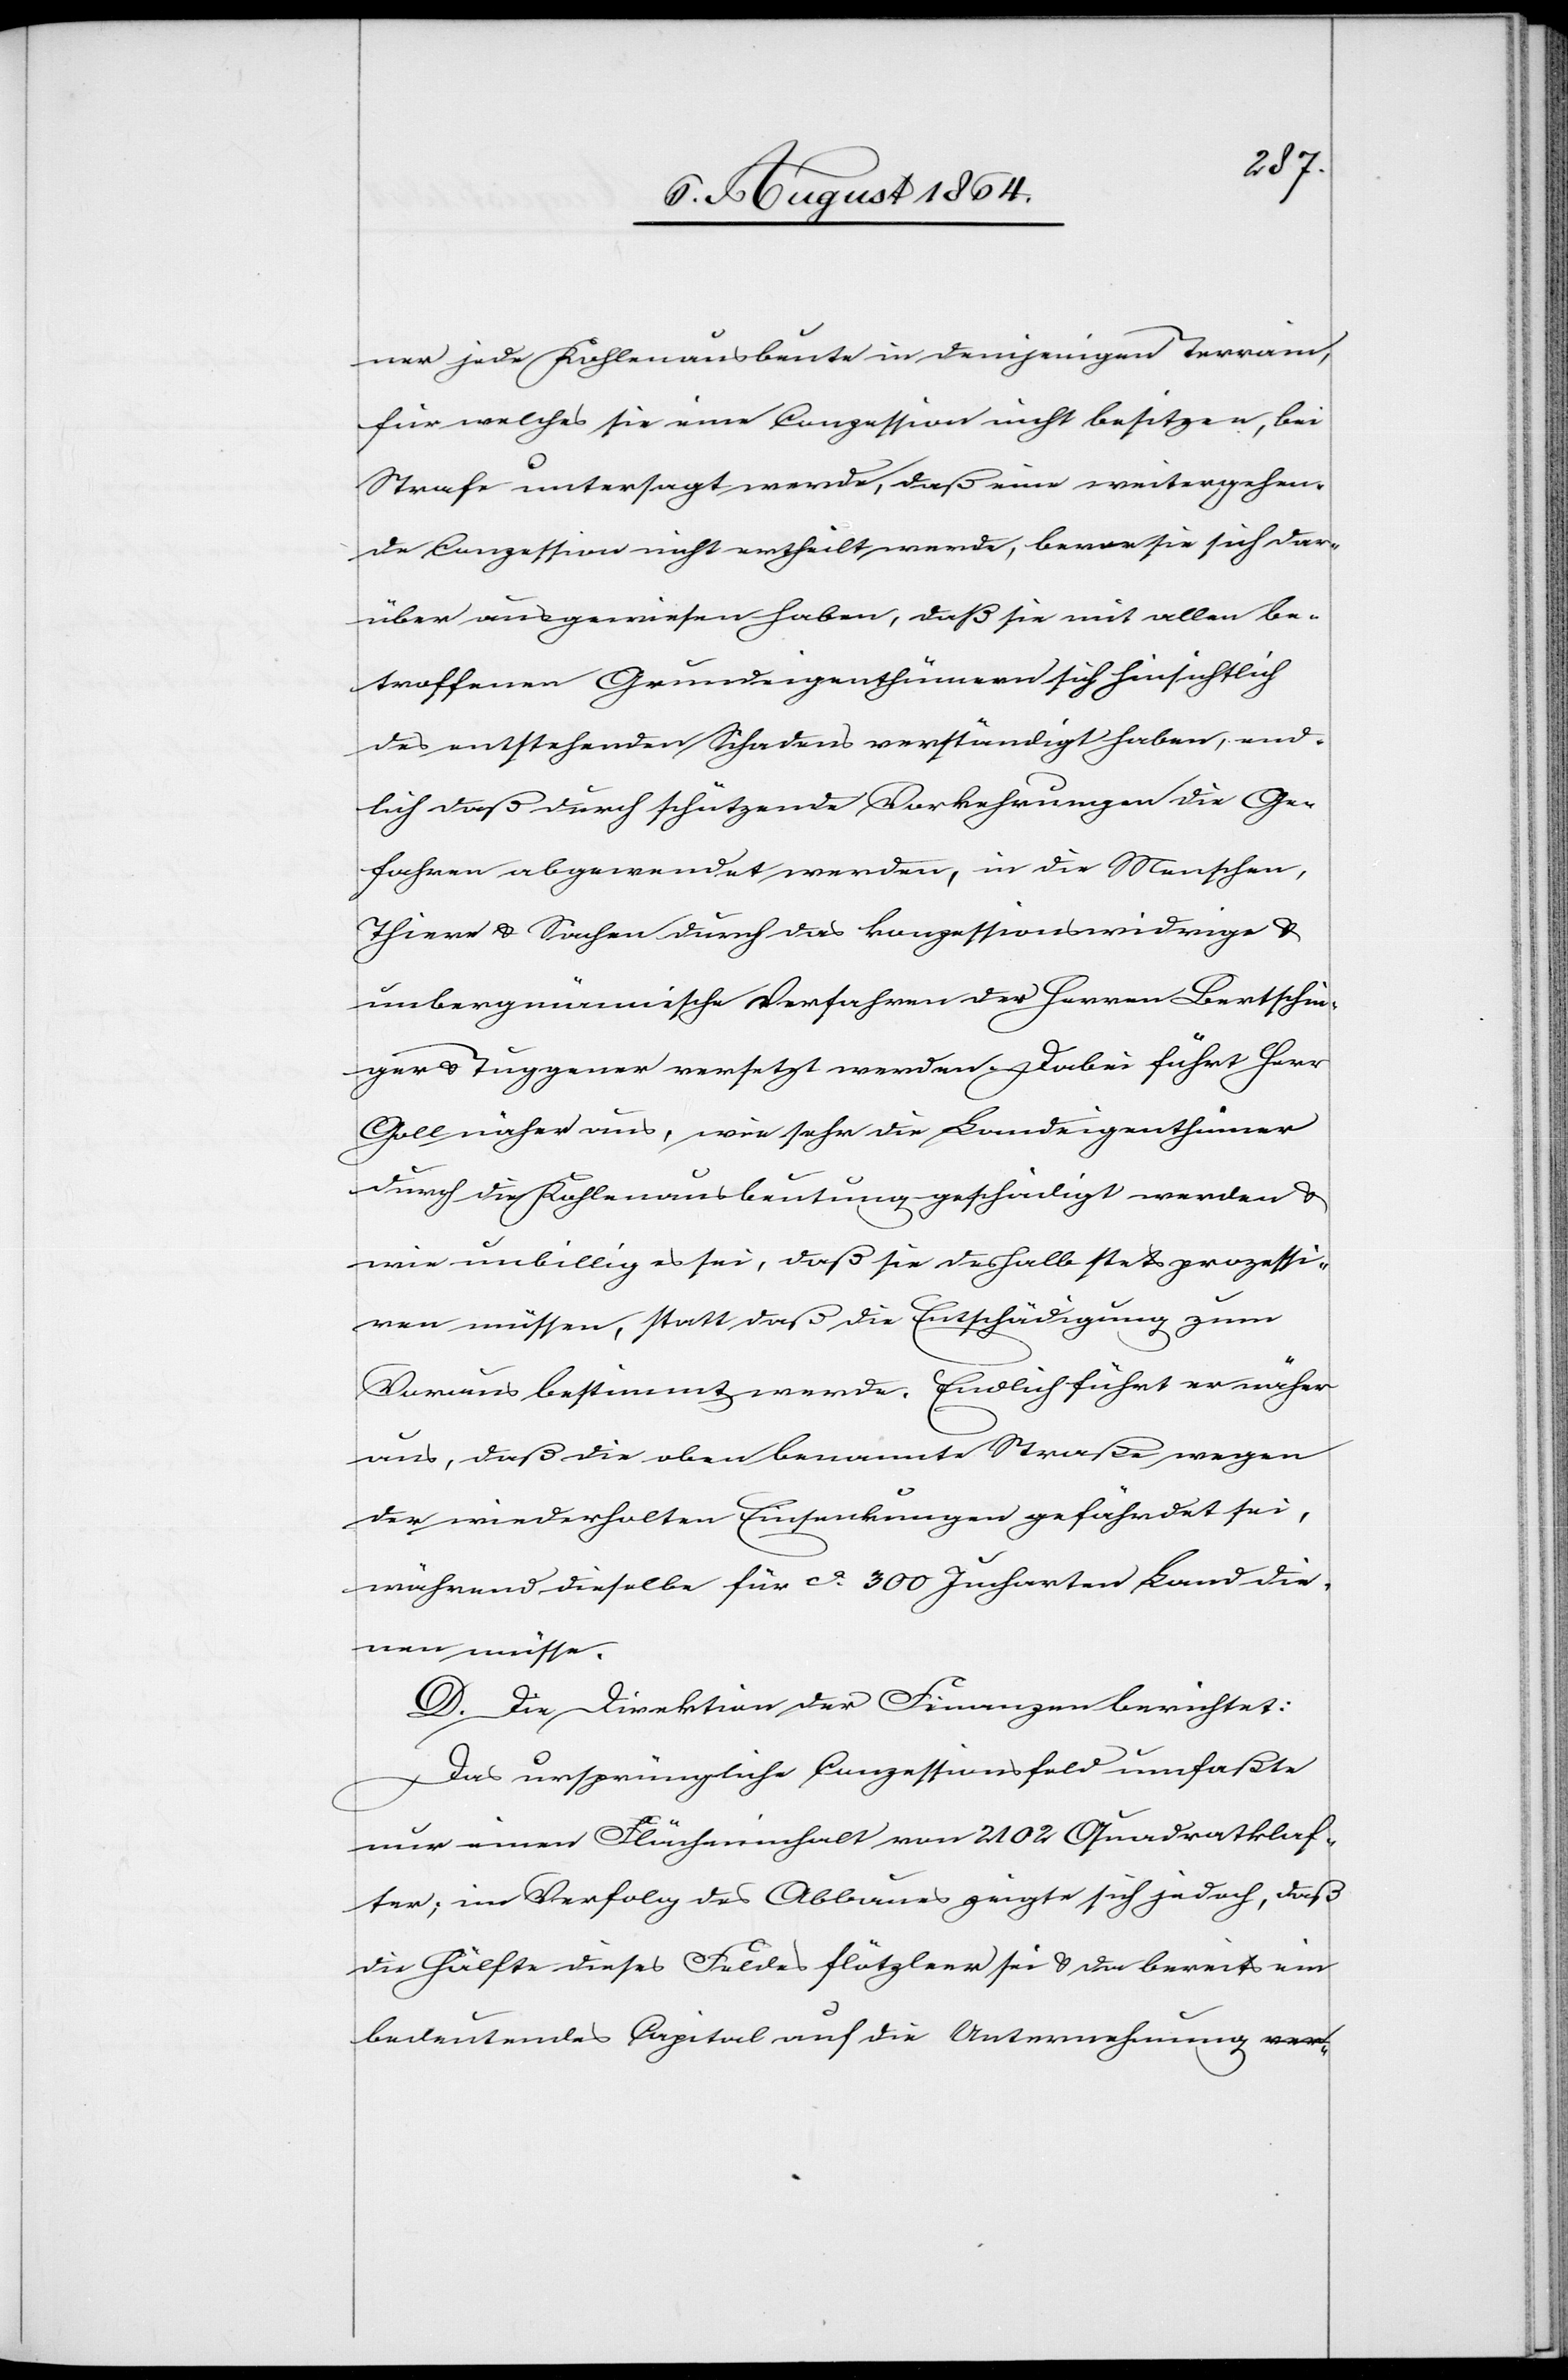
ner jede Kohlenausbeute in demjenigen Terrain,
für welches sie eine Conzession nicht besitzen, bei
Strafe untersagt werde, daß eine weitergehen¬
de Conzession nicht ertheilt werde, bevor sie sich dar¬
über ausgewiesen haben, daß sie mit allen be¬
troffenen Grundeigenthümern sich hinsichtlich
des entstehenden Schadens verständigt haben, end¬
lich daß durch schützende Vorkehrungen die Ge¬
fahren abgewendet werden, in die Menschen,
Thiere & Sachen durch das konzessionswidrige &
unbergmännische Verfahren der Herren Bertschin¬
ger & Tuggener verletzt werden. Dabei führt Herr
Goll näher aus, wie sehr die Landeigenthümer
durch die Kohlenausbeutung geschädigt werden &
wie unbillig es sei, daß sie deshalb stets prozessi¬
ren müssen, statt daß die Entschädigung zum
Voraus bestimmt werde. Endlich führt er näher
aus, daß die oben benannte Straße wegen
der wiederholten Einschränkungen gefährdet sei,
während dieselbe für ca. 300 Jucharten Land die¬
nen müsse.
D. Die Direktion der Finanzen berichtet:
Das ursprüngliche Conzessionsfeld umfaßte
nur einen Flächeninhalt von 2012 Quadratklaf¬
ter; im Verfolg des Abbaues zeigte sich jedoch, daß
die Hälfte dieses Feldes flötzleer sei & da bereits ein
bedeutendes Kapital auf die Unternehmung a-ver-